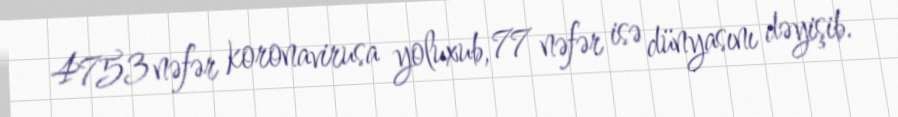
4753 nəfər koronavirusa yoluxub, 77 nəfər isə dünyasını dəyişib.